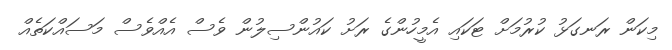
މިކަން ރަނގަޅު ކުުރުމަށް ޓަކައި އެމީހުންގެ ރަށު ކައުންސިލުން ވެސް އެއްވެސް މަސައްކަތެއް